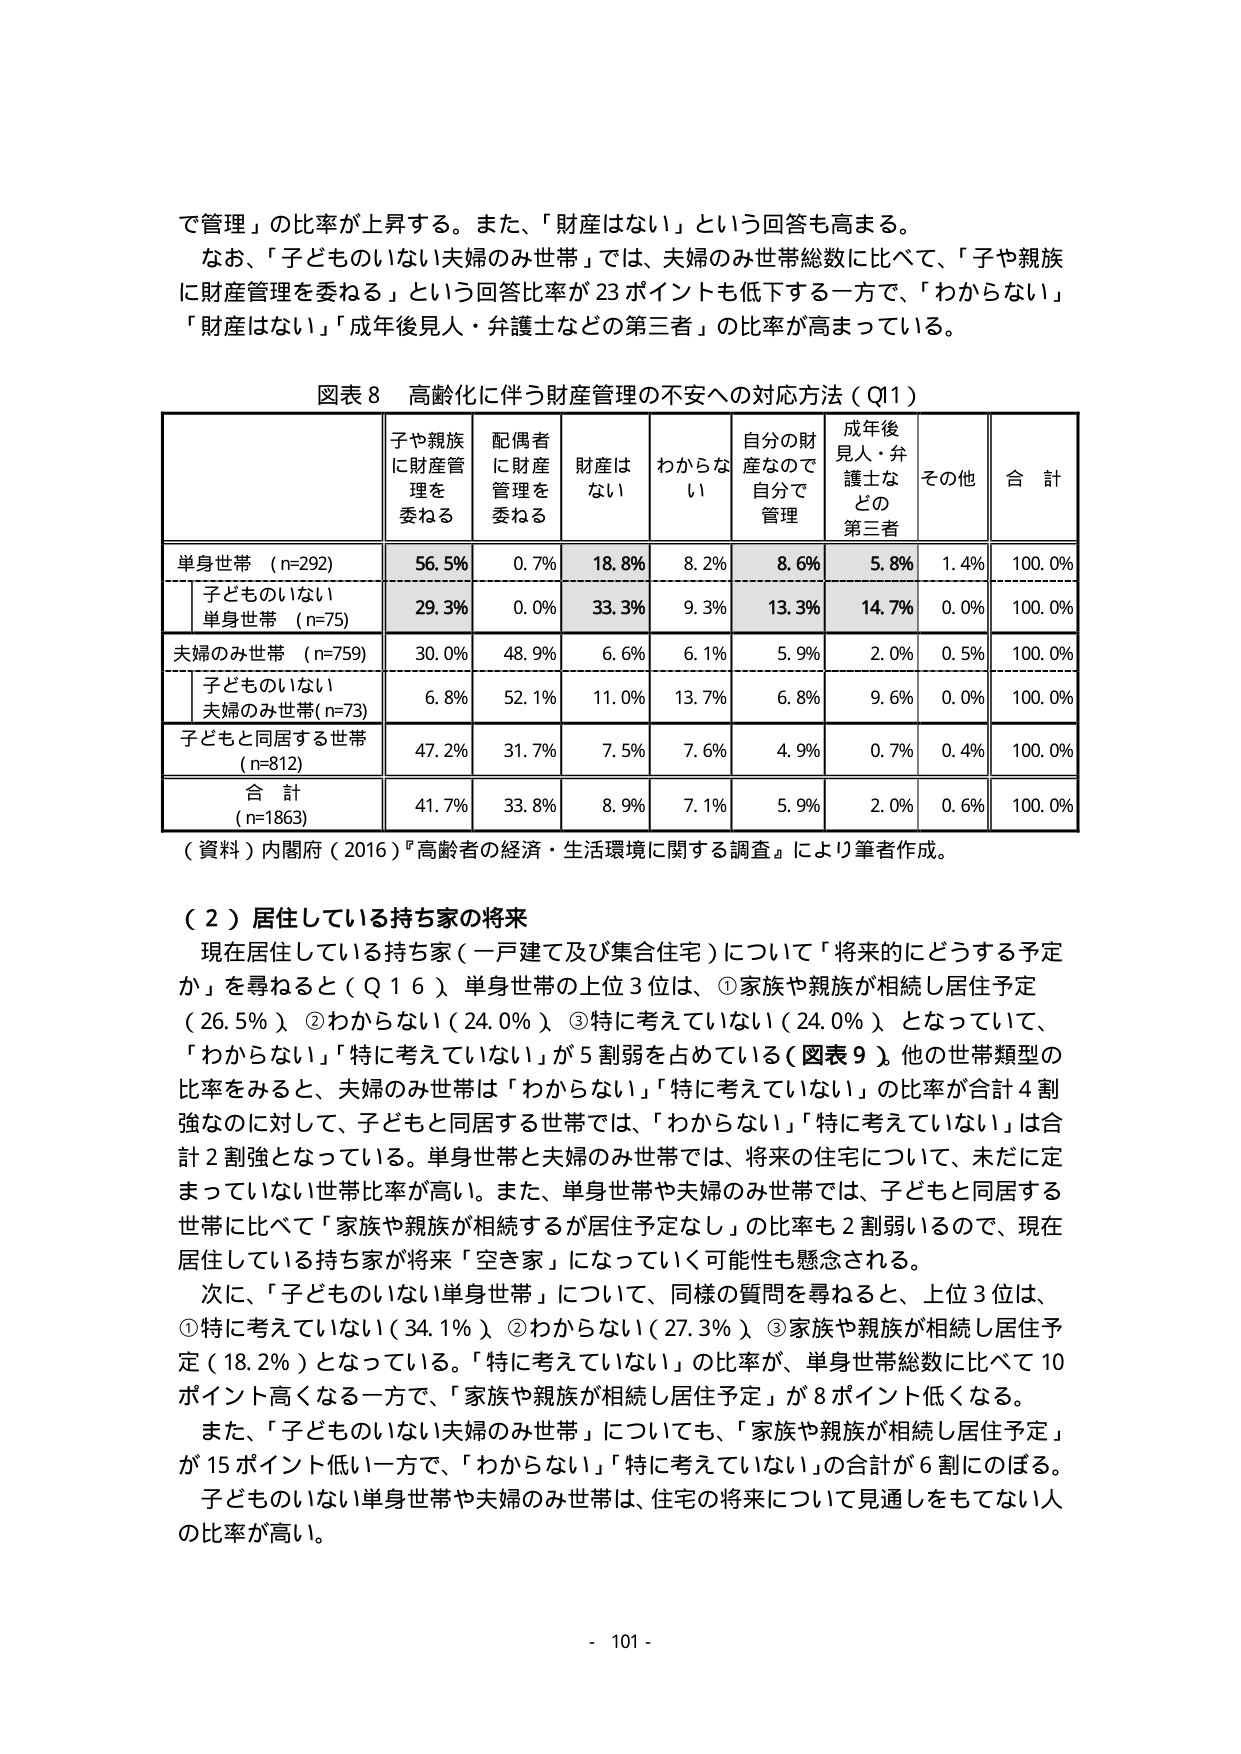
で管理」の比率が上昇する。また、「財産はない」という回答も高まる。
なお、「子どものいない夫婦のみ世帯」では、夫婦のみ世帯総数に比べて、「子や親族に財産管理を委ねる」という回答比率が23ポイントも低下する一方で、「わからない」「財産はない」「成年後見人・弁護士などの第三者」の比率が高まっている。

図表8 高齢化に伴う財産管理の不安への対応方法（Q11）

| | 子や親族に財産管理を委ねる | 配偶者に財産管理を委ねる | 財産はない | わからない | 自分の財産なので自分で管理 | 成年後見人・弁護士などの第三者 | その他 | 合計 |
|---|---|---|---|---|---|---|---|---|
| 単身世帯（n=292） | 56.5% | 0.7% | 18.8% | 8.2% | 8.6% | 5.8% | 1.4% | 100.0% |
| 子どものいない単身世帯（n=75） | 29.3% | 0.0% | 33.3% | 9.3% | 13.3% | 14.7% | 0.0% | 100.0% |
| 夫婦のみ世帯（n=759） | 30.0% | 48.9% | 6.6% | 6.1% | 5.9% | 2.0% | 0.5% | 100.0% |
| 子どものいない夫婦のみ世帯（n=73） | 6.8% | 52.1% | 11.0% | 13.7% | 6.8% | 9.6% | 0.0% | 100.0% |
| 子どもと同居する世帯（n=812） | 47.2% | 31.7% | 7.5% | 7.6% | 4.9% | 0.7% | 0.4% | 100.0% |
| 合計（n=1863） | 41.7% | 33.8% | 8.9% | 7.1% | 5.9% | 2.0% | 0.6% | 100.0% |

（資料）内閣府（2016）『高齢者の経済・生活環境に関する調査』により筆者作成。

（2）居住している持ち家の将来
現在居住している持ち家（一戸建て及び集合住宅）について「将来的にどうする予定か」を尋ねると（Q16）単身世帯の上位3位は、①家族や親族が相続し居住予定（26.5%）、②わからない（24.0%）、③特に考えていない（24.0%）となっていて、「わからない」「特に考えていない」が5割弱を占めている（図表9）。他の世帯類型の比率をみると、夫婦のみ世帯は「わからない」「特に考えていない」の比率が合計4割強なのに対して、子どもと同居する世帯では、「わからない」「特に考えていない」は合計2割強となっている。単身世帯と夫婦のみ世帯では、将来の住宅について、未だに定まっていない世帯比率が高い。また、単身世帯や夫婦のみ世帯では、子どもと同居する世帯に比べて「家族や親族が相続するが居住予定なし」の比率も2割弱いるので、現在居住している持ち家が将来「空き家」になっていく可能性も懸念される。

次に、「子どものいない単身世帯」について、同様の質問を尋ねると、上位3位は、①特に考えていない（34.1%）、②わからない（27.3%）、③家族や親族が相続し居住予定（18.2%）となっている。「特に考えていない」の比率が、単身世帯総数に比べて10ポイント高くなる一方で、「家族や親族が相続し居住予定」が8ポイント低くなる。

また、「子どものいない夫婦のみ世帯」についても、「家族や親族が相続し居住予定」が15ポイント低い一方で、「わからない」「特に考えていない」の合計が6割にのぼる。

子どものいない単身世帯や夫婦のみ世帯は、住宅の将来について見通しをもてない人の比率が高い。

- 101 -